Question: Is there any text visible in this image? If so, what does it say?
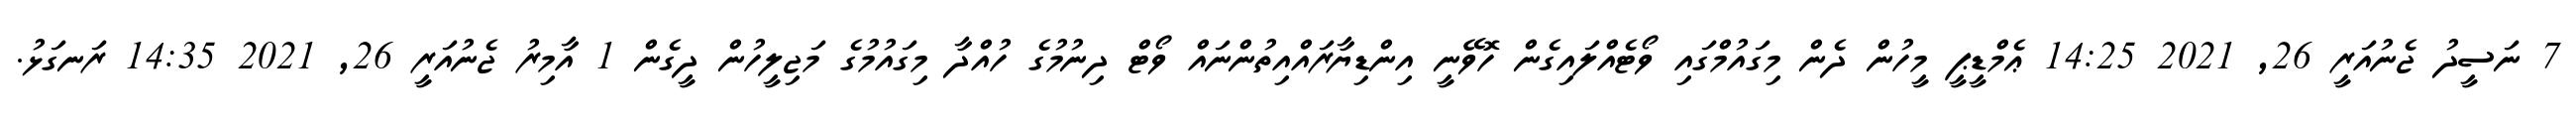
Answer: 7 ނަސީދު ޖެނުއަރީ 26, 2021 14:25 ޢެމްޑީޕީ މީހުން ދެން މިގައުމްގައި ވޯޓެއްލައިގެން ހޮވޭނީ އިންޑިޔާރައްއިތުންނައް ވޯޓް ދިނުމުގެ ހުއްދާ މިގައުމުގެ މަޖިލީހުން ދީގެން 1 އާމިރު ޖެނުއަރީ 26, 2021 14:35 ރަނގަޅު.